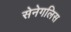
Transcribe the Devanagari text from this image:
सेनेगलिस